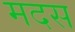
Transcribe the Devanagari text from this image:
मदस